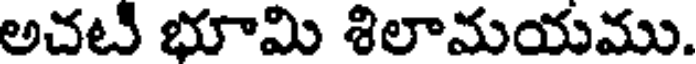
అచటి భూమి శిలామయము.